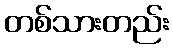
တစ်သားတည်း